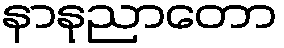
နာနုညာတော